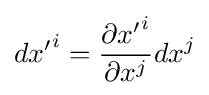
d{x'}^{i}={\frac {\partial {x'}^{i}}{\partial {x}^{j}}}{dx}^{j}